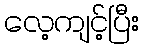
လေ့ကျင့်ပြီး